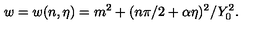
w = w ( n , \eta ) = m ^ { 2 } + ( n \pi / 2 + \alpha \eta ) ^ { 2 } / Y _ { 0 } ^ { 2 } .